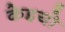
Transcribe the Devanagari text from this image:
केइयो